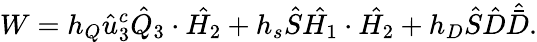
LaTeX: W=h_{Q}\hat{u}_{3}^{c}\hat{Q}_{3}\cdot\hat{H_{2}}+h_{s}\hat{S}\hat{H_{1}}\cdot\hat{H_{2}}+h_{D}\hat{S}\hat{D}\hat{\bar{D}}.